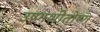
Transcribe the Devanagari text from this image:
उष्णशीतोष्ण